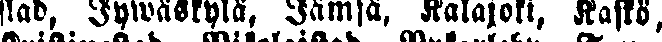
stad, Jywäskylä, Jämsä, Kalajoki, Kaskö,